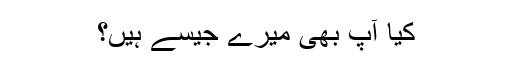
کیا آپ بھی میرے جیسے ہیں؟